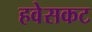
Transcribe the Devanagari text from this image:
हवेसकट